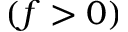
( f > 0 )